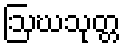
ဩဃသုတ္တ